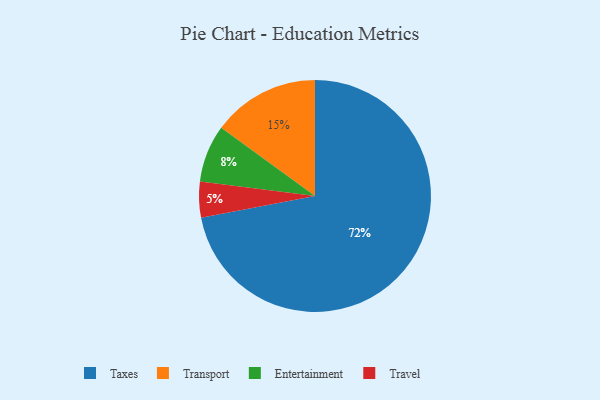
{"axis": {"x": "Category", "y": "Percentage"}, "legend": ["Entertainment", "Taxes", "Transport", "Travel"], "data": [{"x": "Taxes", "y": 72, "type": "Taxes"}, {"x": "Entertainment", "y": 8, "type": "Entertainment"}, {"x": "Transport", "y": 15, "type": "Transport"}, {"x": "Travel", "y": 5, "type": "Travel"}]}